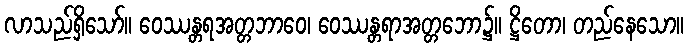
လာသည်ရှိသော်။ ဝေဿန္တရအတ္တဘာဝေ၊ ဝေဿန္တရာအတ္တဘော၌။ ဋ္ဌိတော၊ တည်နေသော။